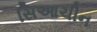
સિઆચીન